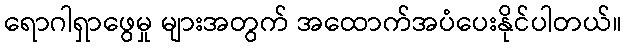
ရောဂါရှာဖွေမှု များအတွက် အထောက်အပံပေးနိုင်ပါတယ်။